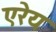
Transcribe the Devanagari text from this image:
एरेय